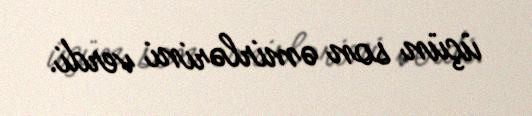
üçün son əmirlərini verdi.